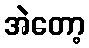
အဲတော့